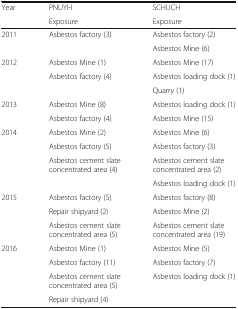
| <ROWSPAN=2> Year | PNUYH | SCHUCH |
 | Exposure | Exposure |
 | --- | --- | --- |
 | <ROWSPAN=2> 2011 | <ROWSPAN=2> Asbestos factory (3) | Asbestos factory (2) |
 | Asbestos Mine (6) |
 | <ROWSPAN=3> 2012 | Asbestos Mine (1) | Asbestos Mine (17) |
 | <ROWSPAN=2> Asbestos factory (4) | Asbestos loading dock (1) |
 | Quarry (1) |
 | <ROWSPAN=2> 2013 | Asbestos Mine (8) | Asbestos loading dock (1) |
 | Asbestos factory (4) | Asbestos Mine (15) |
 | <ROWSPAN=4> 2014 | Asbestos Mine (2) | Asbestos Mine (6) |
 | Asbestos factory (5) | Asbestos factory (3) |
 | <ROWSPAN=2> Asbestos cement slate concentrated area (4) | Asbestos cement slate concentrated area (2) |
 | Asbestos loading dock (1) |
 | <ROWSPAN=3> 2015 | Asbestos factory (5) | Asbestos factory (8) |
 | Repair shipyard (2) | Asbestos Mine (2) |
 | Asbestos cement slate concentrated area (5) | Asbestos cement slate concentrated area (19) |
 | <ROWSPAN=4> 2016 | Asbestos Mine (1) | Asbestos Mine (5) |
 | Asbestos factory (11) | Asbestos factory (7) |
 | Asbestos cement slate concentrated area (5) | <ROWSPAN=2> Asbestos loading dock (1) |
 | Repair shipyard (4) |